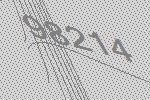
98214